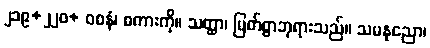
၂၁၉+၂၂၀+ ဝစနံ၊ စကားကို။ သတ္ထာ၊ မြတ်စွာဘုရားသည်။ သမနုညော၊